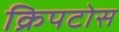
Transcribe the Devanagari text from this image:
क्रिपटोस